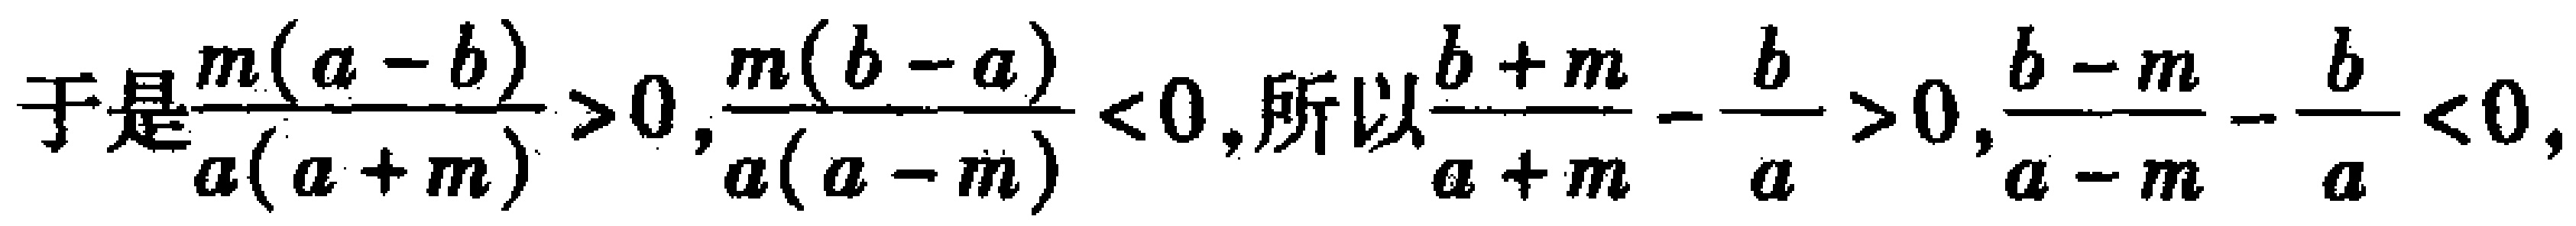
于是\frac{m(a - b)}{a(a + m)} > 0,\frac{m(b - a)}{a(a - m)} < 0,所以\frac{b + m}{a + m} - \frac{b}{a} > 0,\frac{b - m}{a - m} - \frac{b}{a} < 0,